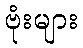
ဗုံးများ